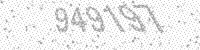
Solution: 949197